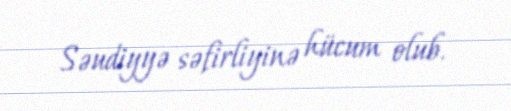
Səudiyyə səfirliyinə hücum olub.